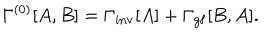
\Gamma ^ { ( 0 ) } [ A , B ] = \Gamma _ { \mathrm { i n v } } [ A ] + \Gamma _ { \mathrm { g f } } [ B , A ] .